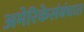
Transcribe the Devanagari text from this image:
अमेरिकेसंबंधात